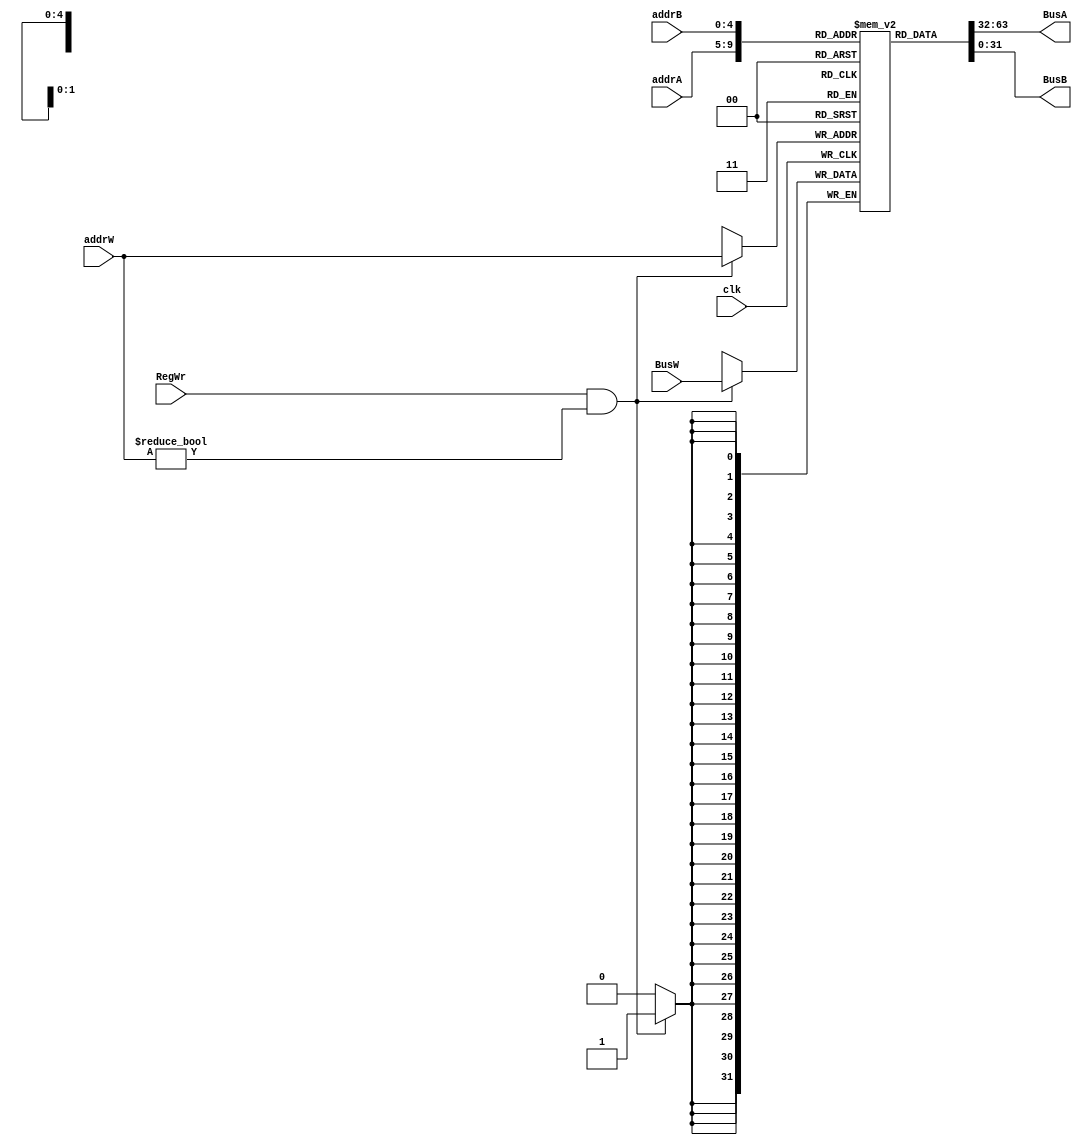
module regFile(clk,RegWr,addrA,addrB,addrW,BusA,BusB,BusW);

input wire        clk,RegWr;
input wire[4:0]   addrA,addrB,addrW;
input wire[31:0]  BusW;
output wire[31:0] BusA,BusB;
reg[31:0]         register[0:31];
integer           i;

assign BusA = register[addrA];
assign BusB = register[addrB];

initial begin
    for(i=0;i<32;i=i+1) register[i] <= 32'd0;
end
always@(posedge clk) begin
    if(RegWr && addrW!=5'b00000) register[addrW] <= BusW;
end
endmodule